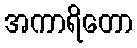
အကာရိတော